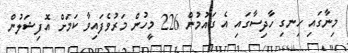
މިނާގައި ހިނގި ހާދިސާގައި އެ ގައުމުން 226 މީހުން މަރުވެފައިވާ ކަމަށް އޮފިޝަލުން